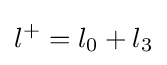
l^{+}=l_{0}+l_{3}